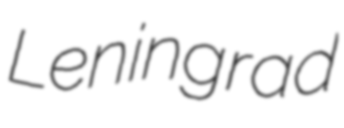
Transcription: Leningrad